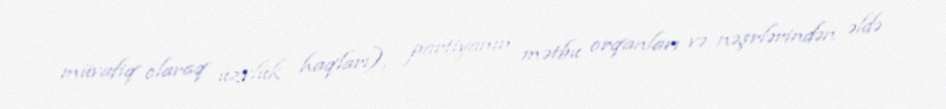
müvafiq olaraq üzvlük haqları), partiyanın mətbu orqanları və nəşrlərindən əldə